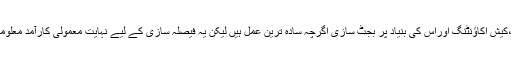
رپورٹ کے مطابق،کیش اکاؤنٹنگ اوراس کی بنیاد پر بجٹ سازی اگرچہ سادہ ترین عمل ہیں لیکن یہ فیصلہ سازی کے لیے نہایت معمولی کارآمد معلومات فراہم کرتی ہے۔